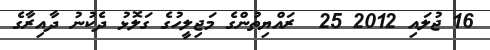
16 ޖުލައި 2012 25  ރައްޔިތުންގެ މަޖިލީހުގެ ގަލޮޅު ދެކުނު ދާއިރާގެ